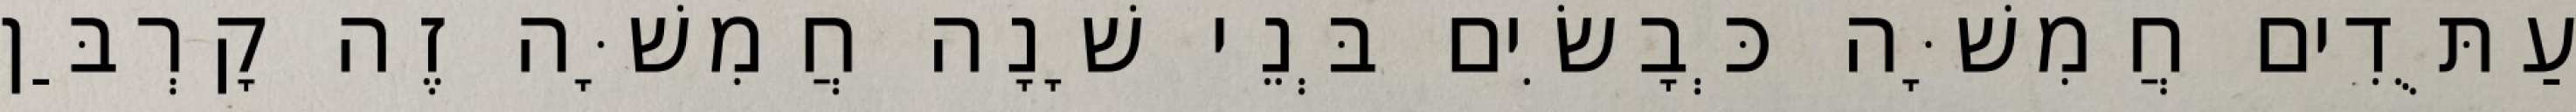
עַתֻּדִים חֲמִשָּׁה כְּבָשִׂים בְּנֵי שָׁנָה חֲמִשָּׁה זֶה קָרְבַּן